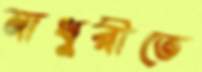
মাধুরীতে